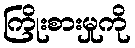
ကြိုးစားမှုကို